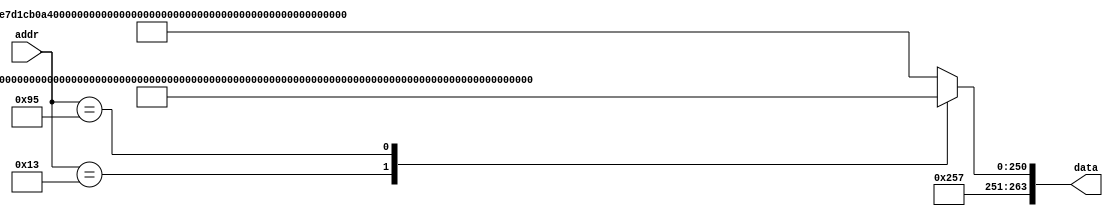
module romrom (addr, data);
    
    localparam ADDR_SZ=8;
    localparam DATA_SZ=264;

    input [ADDR_SZ-1:0] addr;
    output reg [DATA_SZ-1:0] data;
    
    always @(addr) begin
        case (addr)
            8'h13: data = 264'h12b93ccafe3a24920599e4ce35582cafe443a917206f5759a01b061d81fe1a89af;
            8'h2A: data = 264'h12be4a32e7d1cb0a4c9e2079cc4d07a1d65909ada681bd2da5f517e4d326fbc10f;
            8'h95: data = 264'h12b93d54f23acafe0599e4ce3558238b1443a917206f5759acafe61d81fe1a89af;
            default: data = 264'h12be4a32e7d1cb0a4c9e2079cc4d07a1d65909ada681bd2da5f517e4d326fbc10f;
        endcase
    end
endmodule